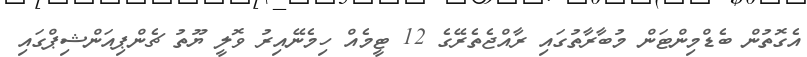
އެގޮތުން ބެޑްމިންޓަން މުބާރާތުގައި ރާއްޖެތެރޭގެ 12 ޓީމެއް ހިމެނޭއިރު ވޮލީ ޔޫތު ޗެންޕިއަންޝިޕްގައި